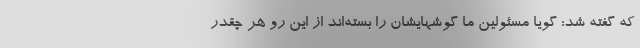
که گفته شد: گویا مسئولین ما گوشهایشان را بسته‌اند از این رو هر چقدر